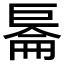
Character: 𱜙